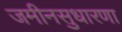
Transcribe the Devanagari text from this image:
जमीनसुधारणा